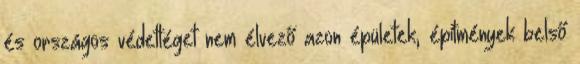
és országos védettéget nem élvező azon épületek, építmények belső